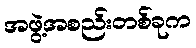
အဖွဲ့အစည်းတစ်ခုက